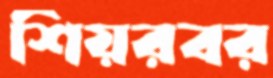
শিয়রবর